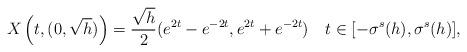
LaTeX: \begin{align*} X \left(t, (0, \sqrt{h}) \right) = \frac{\sqrt{h}}{2} (e^{2t} -e^{-2t}, e^{2t} + e^{-2t}) \ \ \ t \in [-\sigma^s (h), \sigma^s (h)],\end{align*}